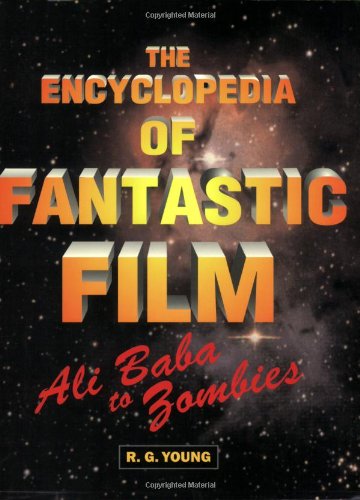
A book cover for The Encyclopedia of Fantastic Film: Ali Baba to Zombies; R.G. Young; Humor & Entertainment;